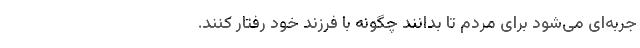
جربه‌ای می‌شود برای مردم تا بدانند چگونه با فرزند خود رفتار کنند.